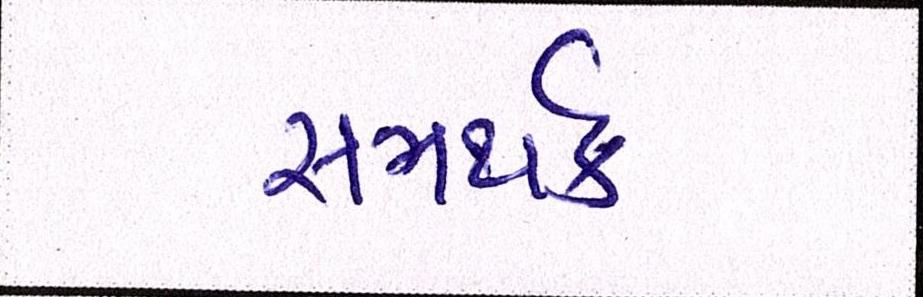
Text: સમર્થક